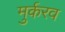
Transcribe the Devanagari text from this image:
मुर्करव